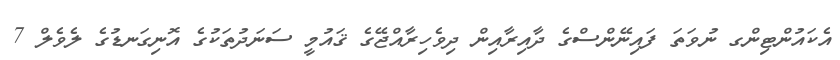
އެކައުންޓިންގ ނުވަތަ ފައިނޭންސްގެ ދާއިރާއިން ދިވެހިރާއްޖޭގެ ޤައުމީ ސަނަދުތަކުގެ އޮނިގަނޑުގެ ލެވެލް 7